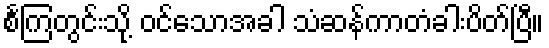
စင်္ကြတွင်းသို့ ဝင်သောအခါ သံဆန်ကာတံခါးပိတ်ပြီ။